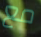
مع